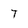
Character: T